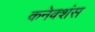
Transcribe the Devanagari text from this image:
कनेक्‍शंस